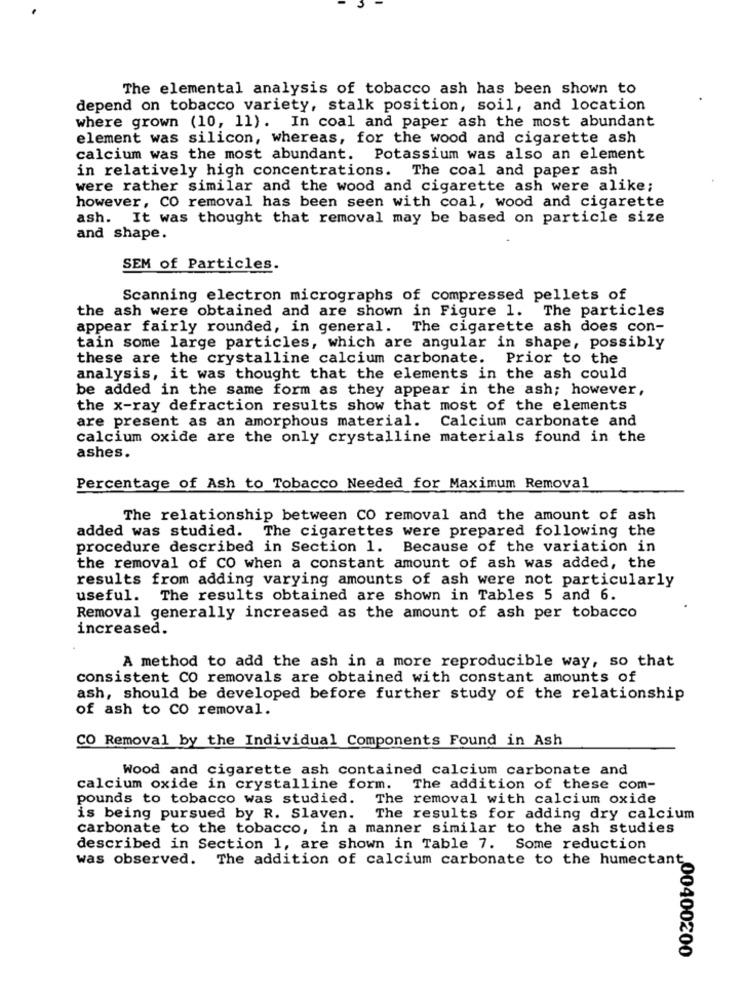
The elemental analysis of tobacco ash has been shown to
depend on tobacco variety, stalk position, soil, and location
where grown (10, 11). In coal and paper ash the most abundant
element was silicon, whereas, for the wood and cigarette ash
calcium was the most abundant. Potassium was also an element
in relatively high concentrations. The coal and paper ash
were rather similar and the wood and cigarette ash were alike;
however, CO removal has been seen with coal, wood and cigarette
ash. It was thought that removal may be based on particle size
and shape.
SEM of Particles.
Scanning electron micrographs of compressed pellets of
the ash were obtained and are shown in Figure 1. The particles
appear fairly rounded, in general. The cigarette ash does con-
tain some large particles, which are angular in shape, possibly
these are the crystalline calcium carbonate. Prior to the
analysis, it was thought that the elements in the ash could
be added in the same form as they appear in the ash; however,
the x-ray defraction results show that most of the elements
are present as an amorphous material. Calcium carbonate and
calcium oxide are the only crystalline materials found in the
ashes.
Percentage of Ash to Tobacco Needed for Maximum Removal
The relationship between CO removal and the amount of ash
added was studied. The cigarettes were prepared following the
procedure described in Section 1. Because of the variation in
the removal of CO when a constant amount of ash was added, the
results from adding varying amounts of ash were not particularly
useful. The results obtained are shown in Tables 5 and 6.
Removal generally increased as the amount of ash per tobacco
increased.
A method to add the ash in a more reproducible way, so that
consistent CO removals are obtained with constant amounts of
ash, should be developed before further study of the relationship
of ash to CO removal.
CO Removal by the Individual Components Found in Ash
Wood and cigarette ash contained calcium carbonate and
calcium oxide in crystalline form. The addition of these com-
pounds to tobacco was studied. The removal with calcium oxide
is being pursued by R. Slaven.
The results for adding dry calcium
carbonate to the tobacco, in a manner similar to the ash studies
described in Section 1, are shown in Table 7. Some reduction
was observed. The addition of calcium carbonate to the humectant
„00400200